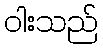
ဝါးသည်